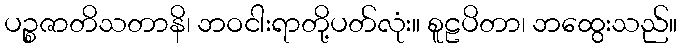
ပဉ္စဇာတိသတာနိ၊ ဘဝငါးရာတို့ပတ်လုံး။ စူဠပိတာ၊ ဘထွေးသည်။